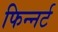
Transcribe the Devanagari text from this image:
फिन्नर्ट